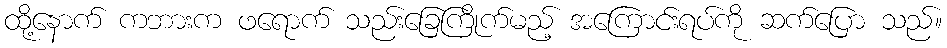
ထို့နောက် ကဘားက ဖရောက် သည်းခြေကြိုက်မည့် အကြောင်းရပ်ကို ဆက်ပြော သည်။